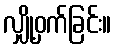
လျှို့ဝှက်ခြင်း။